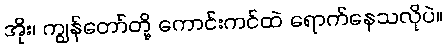
အိုး၊ ကျွန်တော်တို့ ကောင်းကင်ထဲ ရောက်နေသလိုပဲ။